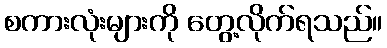
စကားလုံးများကို တွေ့လိုက်ရသည်။